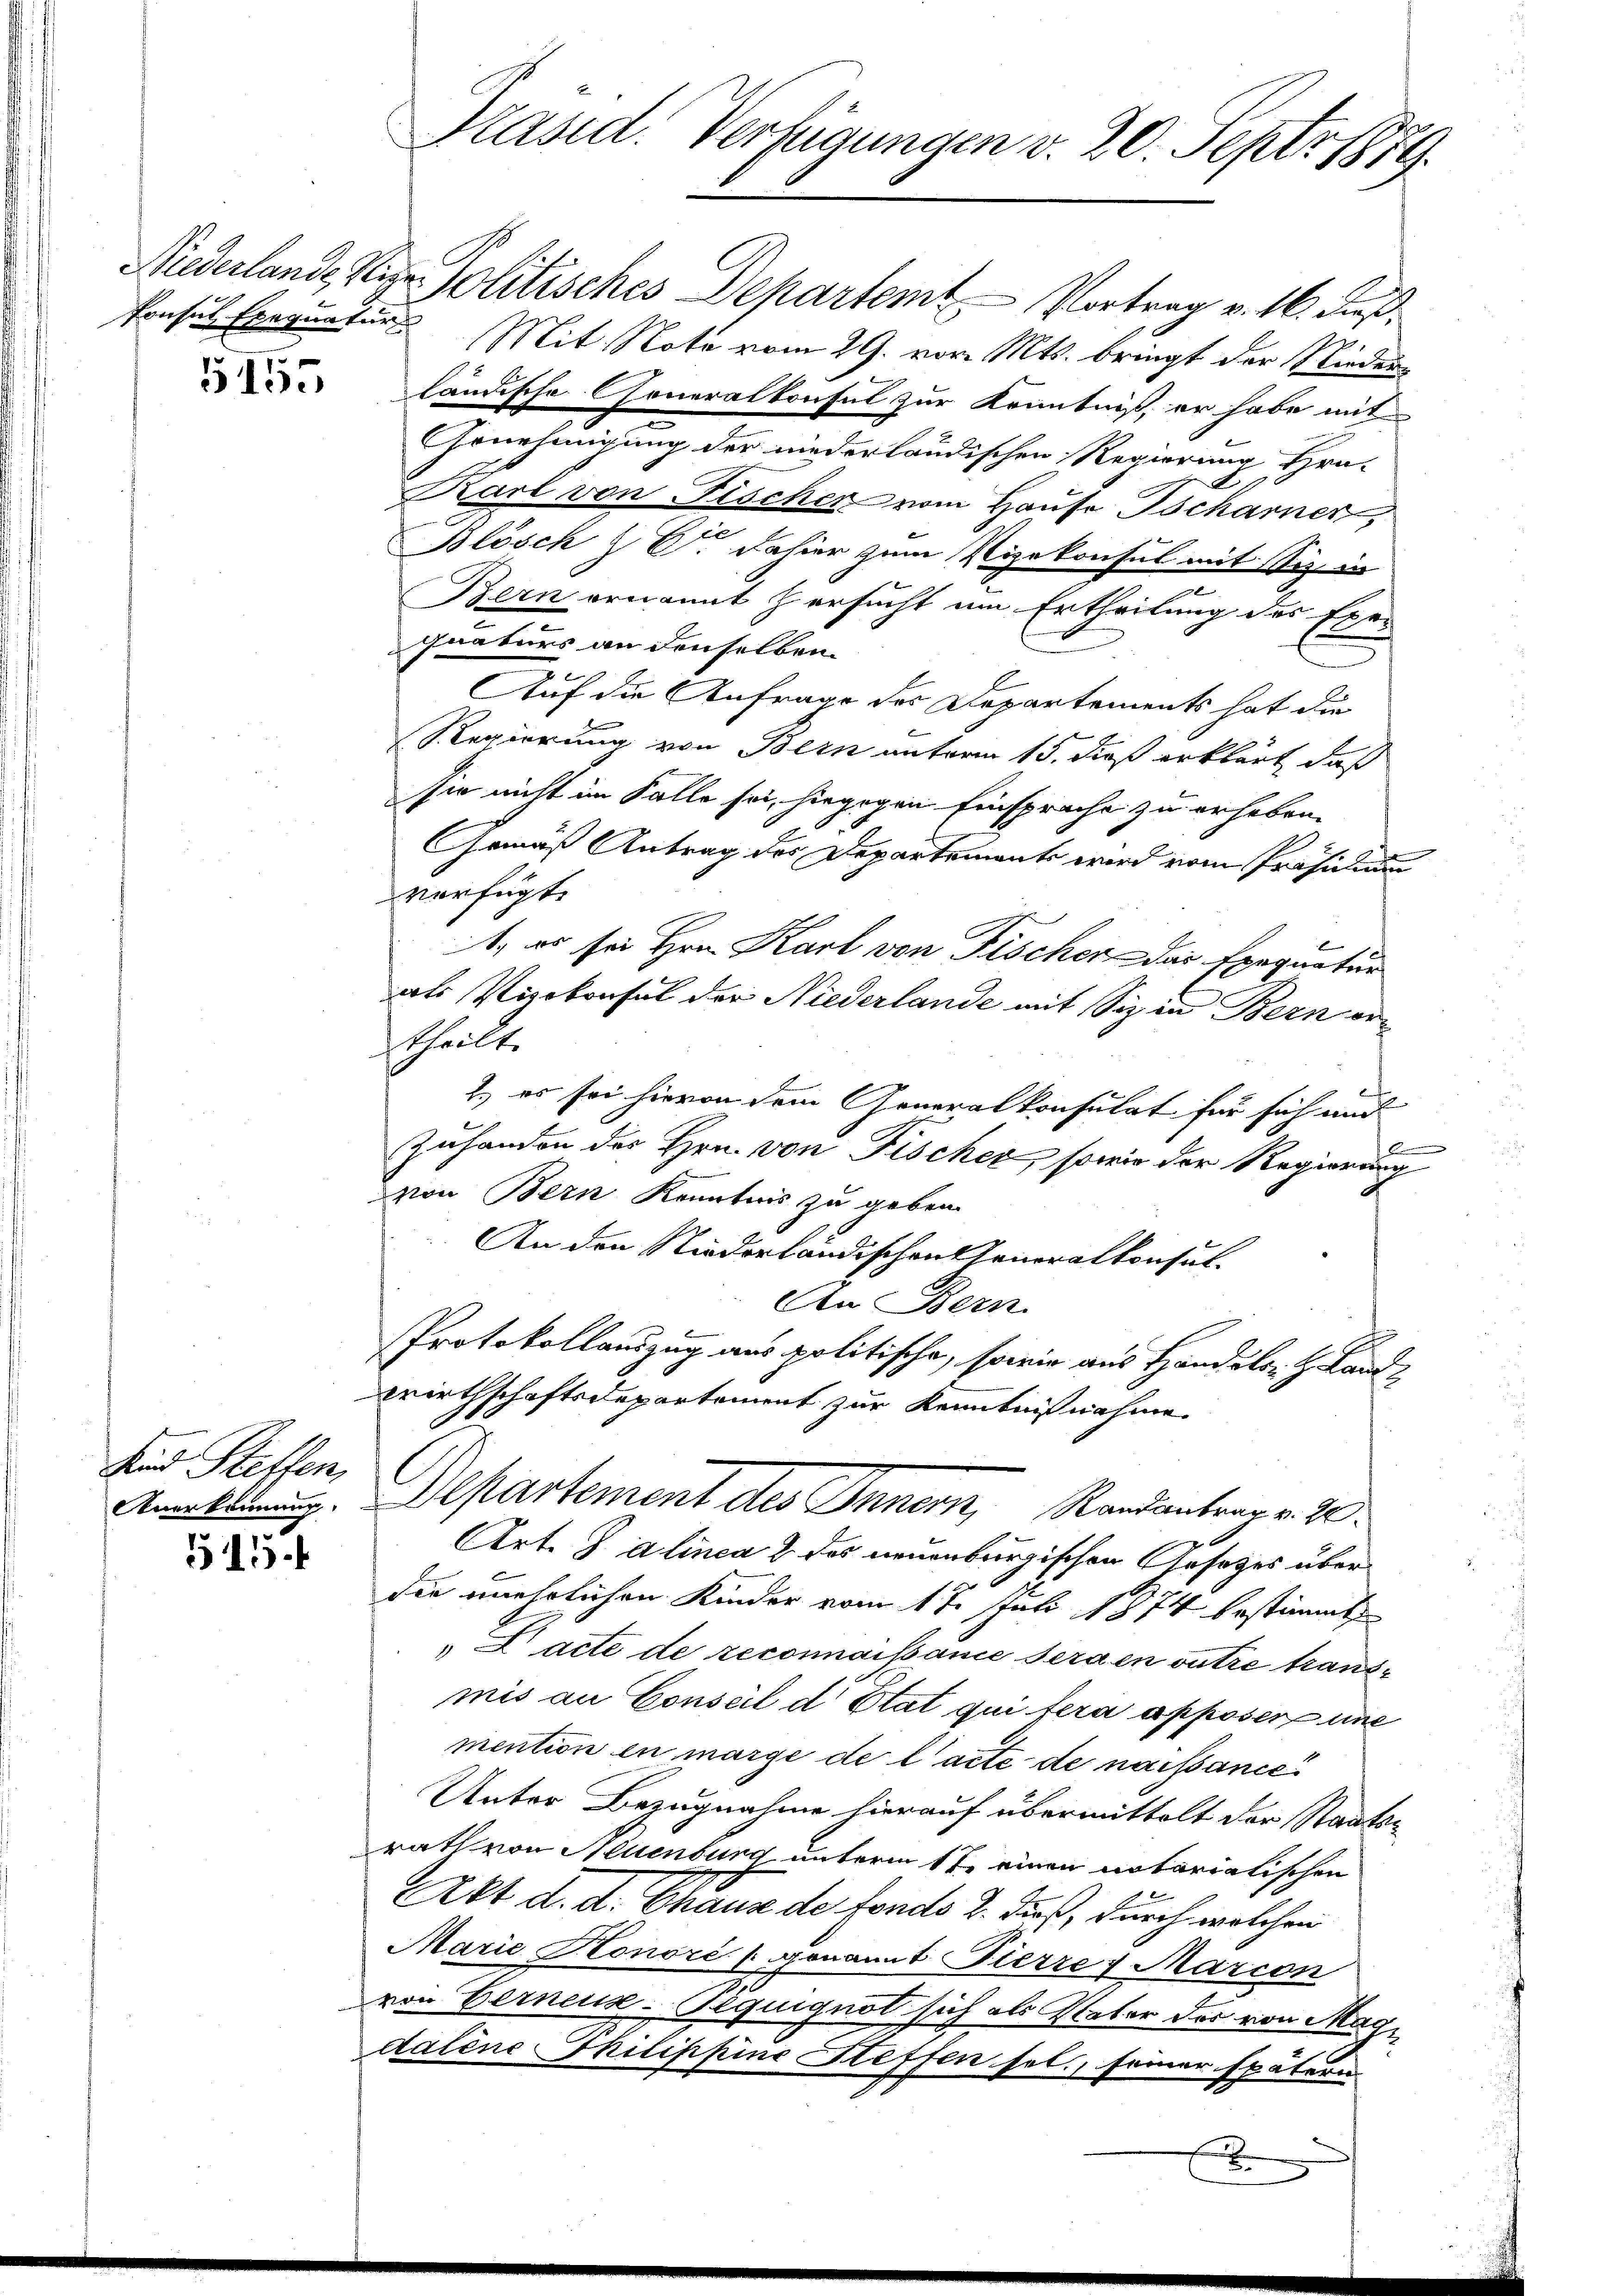
5155

Und Steffen,
Anerkennung.

511.

Präsid. Verfügungen v. 20. Sept. 1879.

Niederlande die Politisches Departemt Vortrag v. 16. Fuß.
Ponsul Exequatur Mit Note vom 29. vor. Mts. bringt der Niederländische Generalkonsul zur Kenntniß, er habe mit
Genehmigung der niederländischen Regierung Hra-
Karl von Fischer vom Hause Tscharner
Blösch z. B. dahier zum Vizekonsul mit Siz. in
x
Bern ernannt zersucht um Ertheilung des Exer
quaturs an denselben.
Auf die Anfrage des Departements hat die
Regierung von Bern unterm 15. dieß erklärt, daß
sie nicht im Falle sei, hiegegen Einsprache zu erheben.
Gemäß Antrag des Departemente wird vom Präsidiu
verfügt:
1., es sei Hrn. Karl von Fischer das Exequatur
als Vizekonsul der Niederlande mit Sizen Bern ertheilte
2.) es sei hievon dem Generalkonsulat für sich und
2
B
Zuhanden des Hrn. von Fischer, sowie der Regierung
von Bern Kenntnis zu geben.
An den Niederländischen Generalkonsul¬
An Bern.
Protokollauszug aus politische, sowie aus Handels. z. Land¬
Wirthschaftsdepartement zur Kenntnißnahme
Departement des Innom, Randantrag v. 270.
Art. J alinea 2 des neuenburgischen Gesetzes über
die unehrlichen Kinder vom 17. Juli 1874 bestimmt
Lacte de reconnaissance sera en outre transmis an Conseil d’Etat qui fera apposer eine
mention in marge de l’acte de naissance
Unter Bezugnahme hierauf übermittelt der Staats-
rath von Neuenburg unterm 17. einen notarialischen
Akt. d. d. Chaus de fondo 2. dieß, durch welchen
Marie Honoré l genannt Pierre 7 Marcon
von Berneux-Teguignot sich als Vater des von Magi
dalene Thilippine Steffen sel., seiner spätern
x